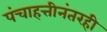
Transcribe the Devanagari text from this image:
पंचाहत्तीनंतरही